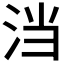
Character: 𭰎